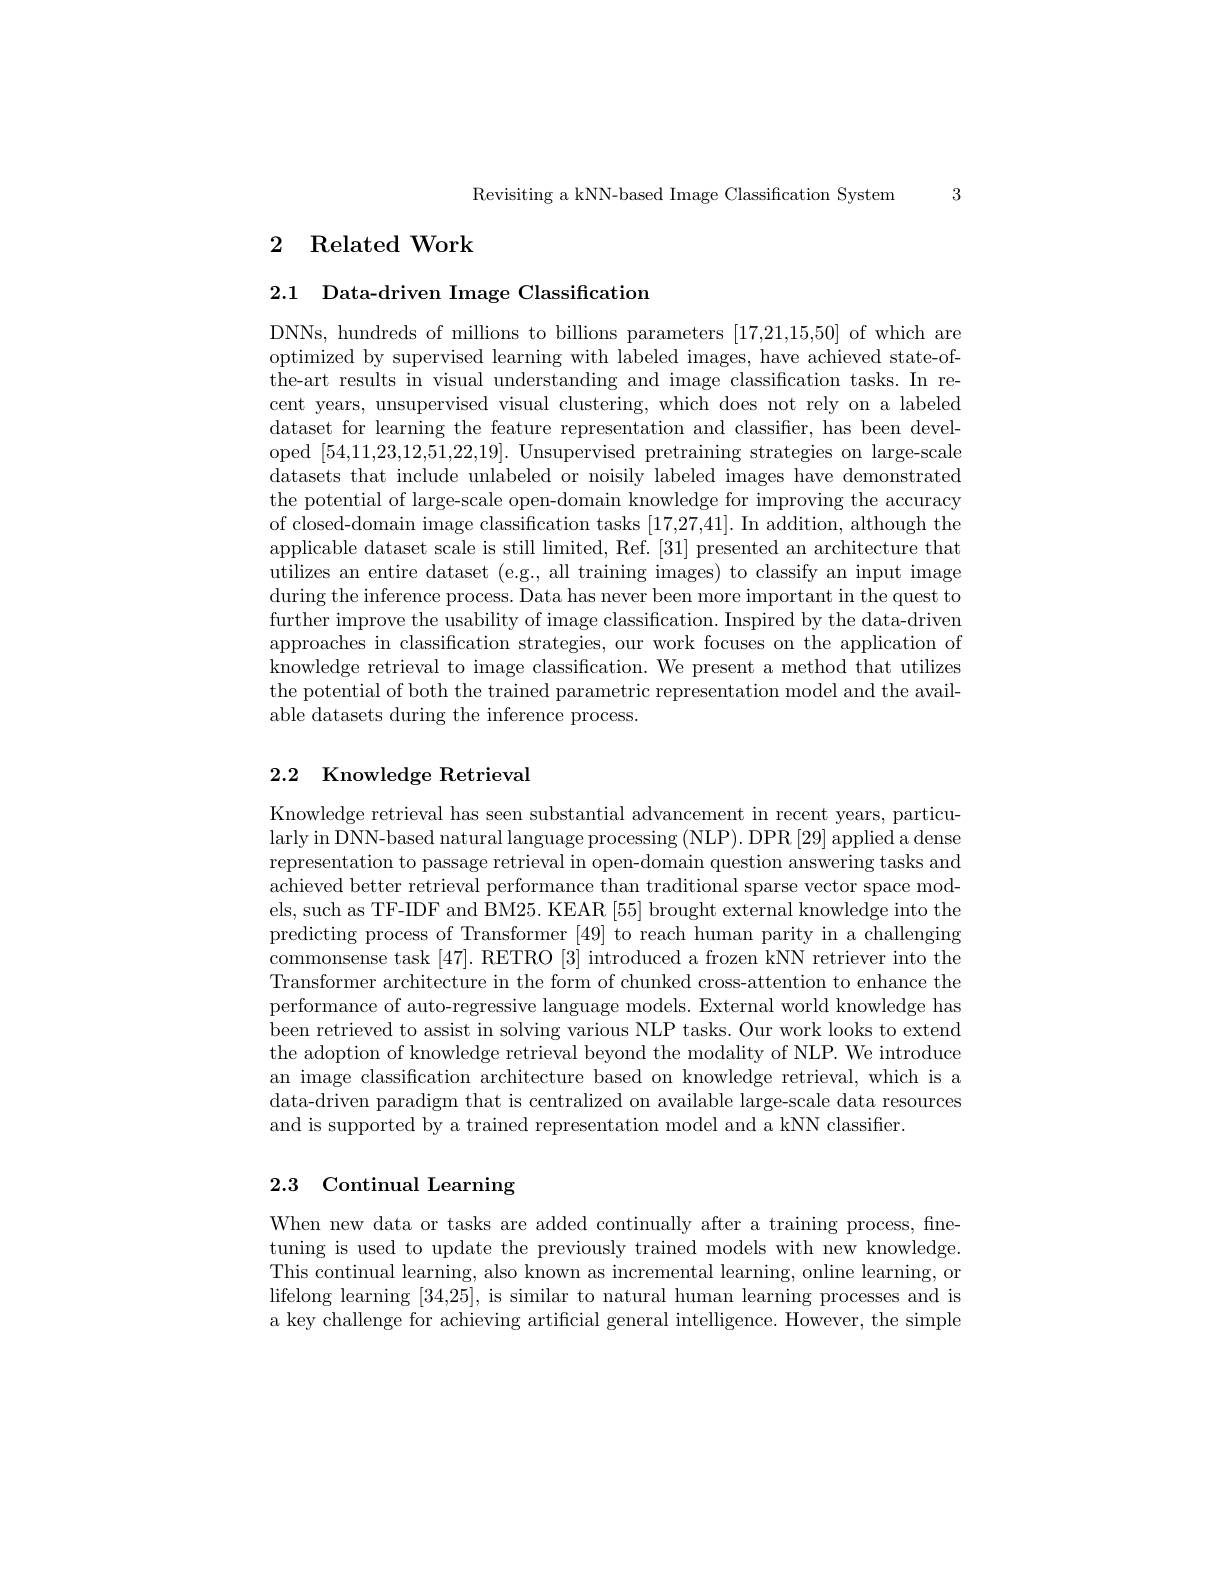
Revisiting a kNN-based Image Classification System 3

## 2 Related Work

2.1 Data-driven Image Classification

DNNs, hundreds of millions to billions parameters [17,21,15,50] of which are optimized by supervised learning with labeled images, have achieved state-ofthe-art results in visual understanding and image classification tasks. In recent years, unsupervised visual clustering, which does not rely on a labeled dataset for learning the feature representation and classifier, has been developed [54,11,23,12,51,22,19]. Unsupervised pretraining strategies on large-scale datasets that include unlabeled or noisily labeled images have demonstrated the potential of large-scale open-domain knowledge for improving the accuracy of closed-domain image classification tasks [17,27,41]. In addition, although the applicable dataset scale is still limited, Ref. [31] presented an architecture that utilizes an entire dataset (e.g., all training images) to classify an input image during the inference process. Data has never been more important in the quest to further improve the usability of image classification. Inspired by the data-driven approaches in classification strategies, our work focuses on the application of knowledge retrieval to image classification. We present a method that utilizes the potential of both the trained parametric representation model and the available datasets during the inference process.

## 2.2 Knowledge Retrieval

Knowledge retrieval has seen substantial advancement in recent years, particularly in DNN-based natural language processing (NLP). DPR [29] applied a dense representation to passage retrieval in open-domain question answering tasks and achieved better retrieval performance than traditional sparse vector space models, such as TF-IDF and BM25. KEAR [55] brought external knowledge into the predicting process of Transformer [49] to reach human parity in a challenging commonsense task [47]. RETRO [3] introduced a frozen kNN retriever into the Transformer architecture in the form of chunked cross-attention to enhance the performance of auto-regressive language models. External world knowledge has been retrieved to assist in solving various NLP tasks. Our work looks to extend the adoption of knowledge retrieval beyond the modality of NLP. We introduce an image classification architecture based on knowledge retrieval, which is a data-driven paradigm that is centralized on available large-scale data resources and is supported by a trained representation model and a kNN classifier.

# 2.3 Continual Learning

When new data or tasks are added continually after a training process, finetuning is used to update the previously trained models with new knowledge. This continual learning, also known as incremental learning, online learning, or lifelong learning [34,25], is similar to natural human learning processes and is a key challenge for achieving artificial general intelligence. However, the simple